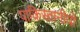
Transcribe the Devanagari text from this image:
पाकिस्तानीयों